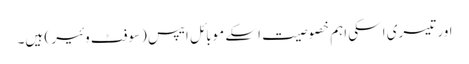
اور تیسری اسکی اہم خصوصیت اسکے موبائل ایپس (سوفٹ وئیر ) ہیں۔